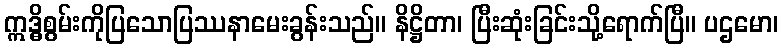
ဣဒ္ဓိစွမ်းကိုပြသောပြဿနာမေးခွန်းသည်။ နိဋ္ဌိတာ၊ ပြီးဆုံးခြင်းသို့ရောက်ပြီ။ ပဌမော၊